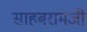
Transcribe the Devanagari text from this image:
साहबरामजी